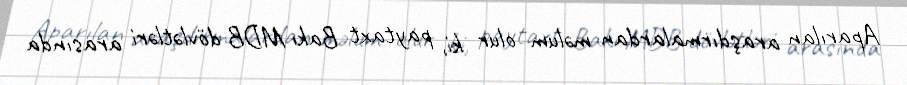
Aparılan araşdırmalardan məlum olur ki, paytaxt Bakı MDB dövlətləri arasında